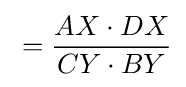
{}={AX\cdot DX \over CY\cdot BY}